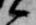
候